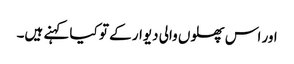
اور اس پھلوں والی دیوار کے تو کیا کہنے ہیں۔